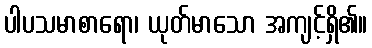
ပါပသမာစာရော၊ ယုတ်မာသော အကျင့်ရှိ၏။